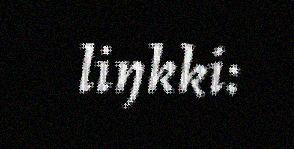
liŋkki: